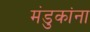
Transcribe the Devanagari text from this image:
मंडुकांना